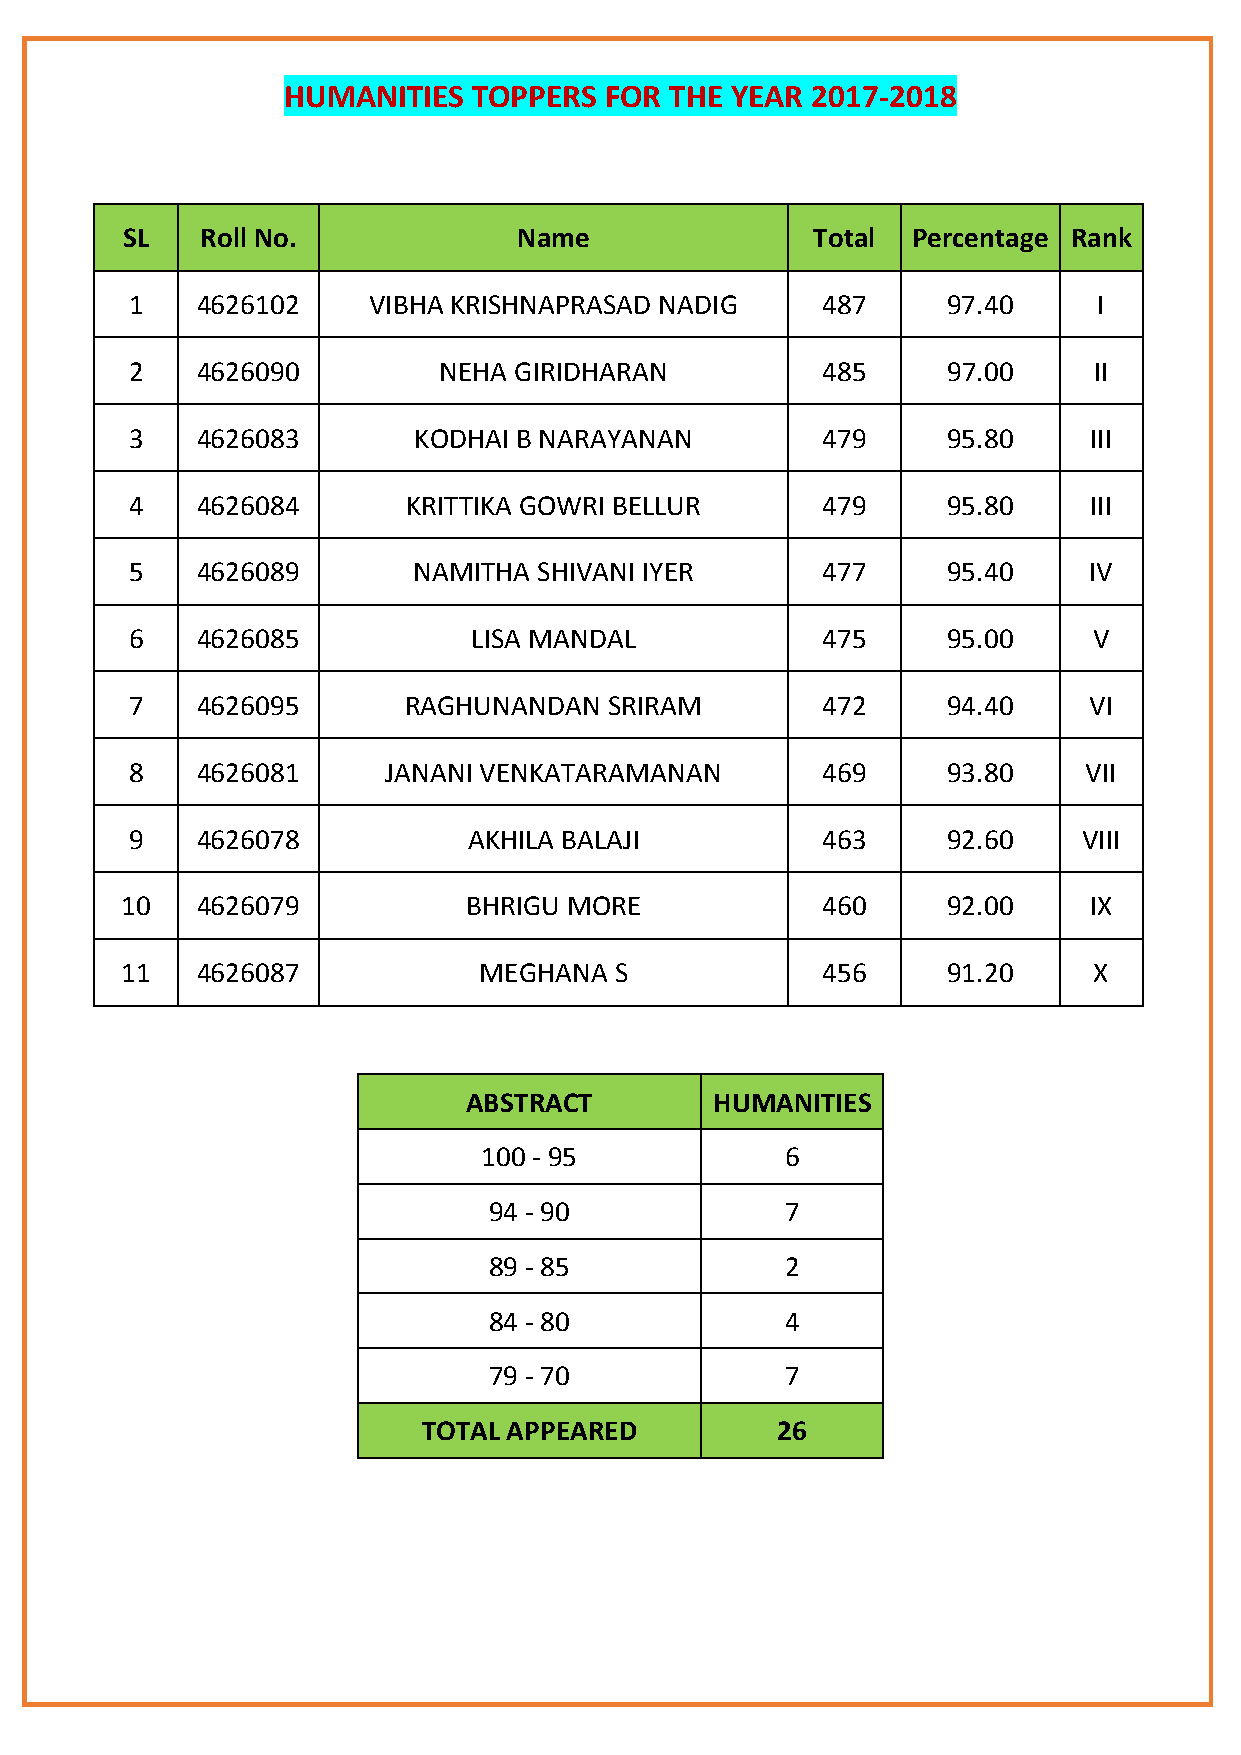
HUMANITIES  TOPPERS  FOR THE YEAR  2017-2018
 SL   Roll No.             Name                Total Percentage Rank
 1   4626102    VIBHA KRISHNAPRASAD NADIG     487      97.40     I
 2   4626090         NEHA GIRIDHARAN          485      97.00    II
 3   4626083       KODHAI B NARAYANAN         479      95.80    III
 4   4626084       KRITTIKA GOWRI BELLUR      479      95.80    III
 5   4626089       NAMITHA  SHIVANI IYER      477      95.40    IV
 6   4626085           LISA MANDAL            475      95.00    V
 7   4626095       RAGHUNANDAN  SRIRAM        472      94.40    VI
 8   4626081     JANANI VENKATARAMANAN        469      93.80    VII
 9   4626078           AKHILA BALAJI          463      92.60    VIII
 10   4626079           BHRIGU MORE            460      92.00    IX
 11   4626087            MEGHANA  S            456      91.20    X
 ABSTRACT        HUMANITIES
 100 - 95            6
 94 - 90             7
 89 - 85             2
 84 - 80             4
 79 - 70             7
 TOTAL APPEARED         26